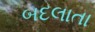
બદલાતા